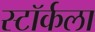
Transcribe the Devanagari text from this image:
स्टॉर्कला